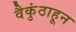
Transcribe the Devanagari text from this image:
वैकुंठाहून